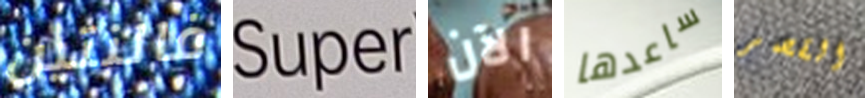
فالنتين Super الآن ساعدها القصر